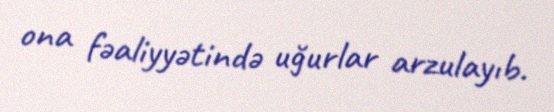
ona fəaliyyətində uğurlar arzulayıb.